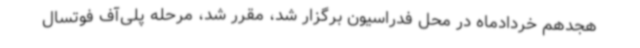
هجدهم خردادماه در محل فدراسیون برگزار شد، مقرر شد، مرحله پلی‌آف فوتسال